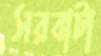
সরবাটা